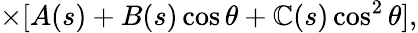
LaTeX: \times[A(s)+B(s)\cos\theta+\mathbb{C}(s)\cos^{2}\theta],